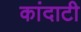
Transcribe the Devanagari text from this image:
कांदाटी